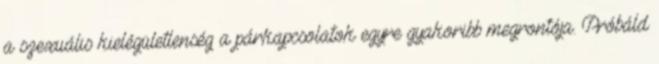
a szexuális kielégületlenség a párkapcsolatok egyre gyakoribb megrontója. Próbáld